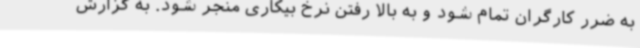
به ضرر کارگران تمام شود و به بالا رفتن نرخ بیکاری منجر شود. به گزارش